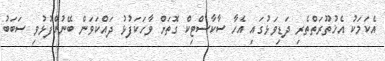
އެކަމަކު އެޚުތޫރަތްތެރި ދަޑިވަޅުގައި އެހާ ސާކާސްޓިކް ގޮތަށް ވާހަކަފުޅު ދައްކަވަން ބޭނުންފުޅުވި ސަބަބު